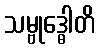
သမ္ဗုဒ္ဓေါတိ